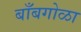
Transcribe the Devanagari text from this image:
बाँबगोळा